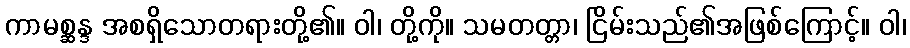
ကာမစ္ဆန္ဒ အစရှိသောတရားတို့၏။ ဝါ၊ တို့ကို။ သမတတ္တာ၊ ငြိမ်းသည်၏အဖြစ်ကြောင့်။ ဝါ၊